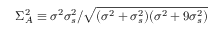
\Sigma _ { A } ^ { 2 } \equiv \sigma ^ { 2 } \sigma _ { s } ^ { 2 } / \sqrt { ( \sigma ^ { 2 } + \sigma _ { s } ^ { 2 } ) ( \sigma ^ { 2 } + 9 \sigma _ { s } ^ { 2 } ) }